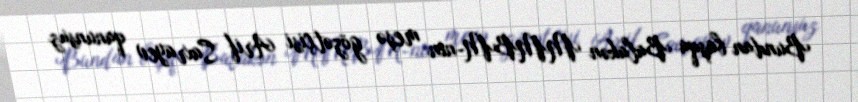
Bundan başqa Balakən MMBM-nin meşə gözətçisi Arif Saxrayev qanunsuz